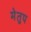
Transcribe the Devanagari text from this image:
मेेतुप